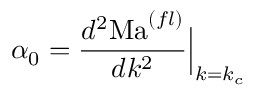
\alpha _ { 0 } = { \frac { d ^ { 2 } \mathrm { M a } ^ { ( f l ) } } { d k ^ { 2 } } } \Big \vert _ { k = k _ { c } }